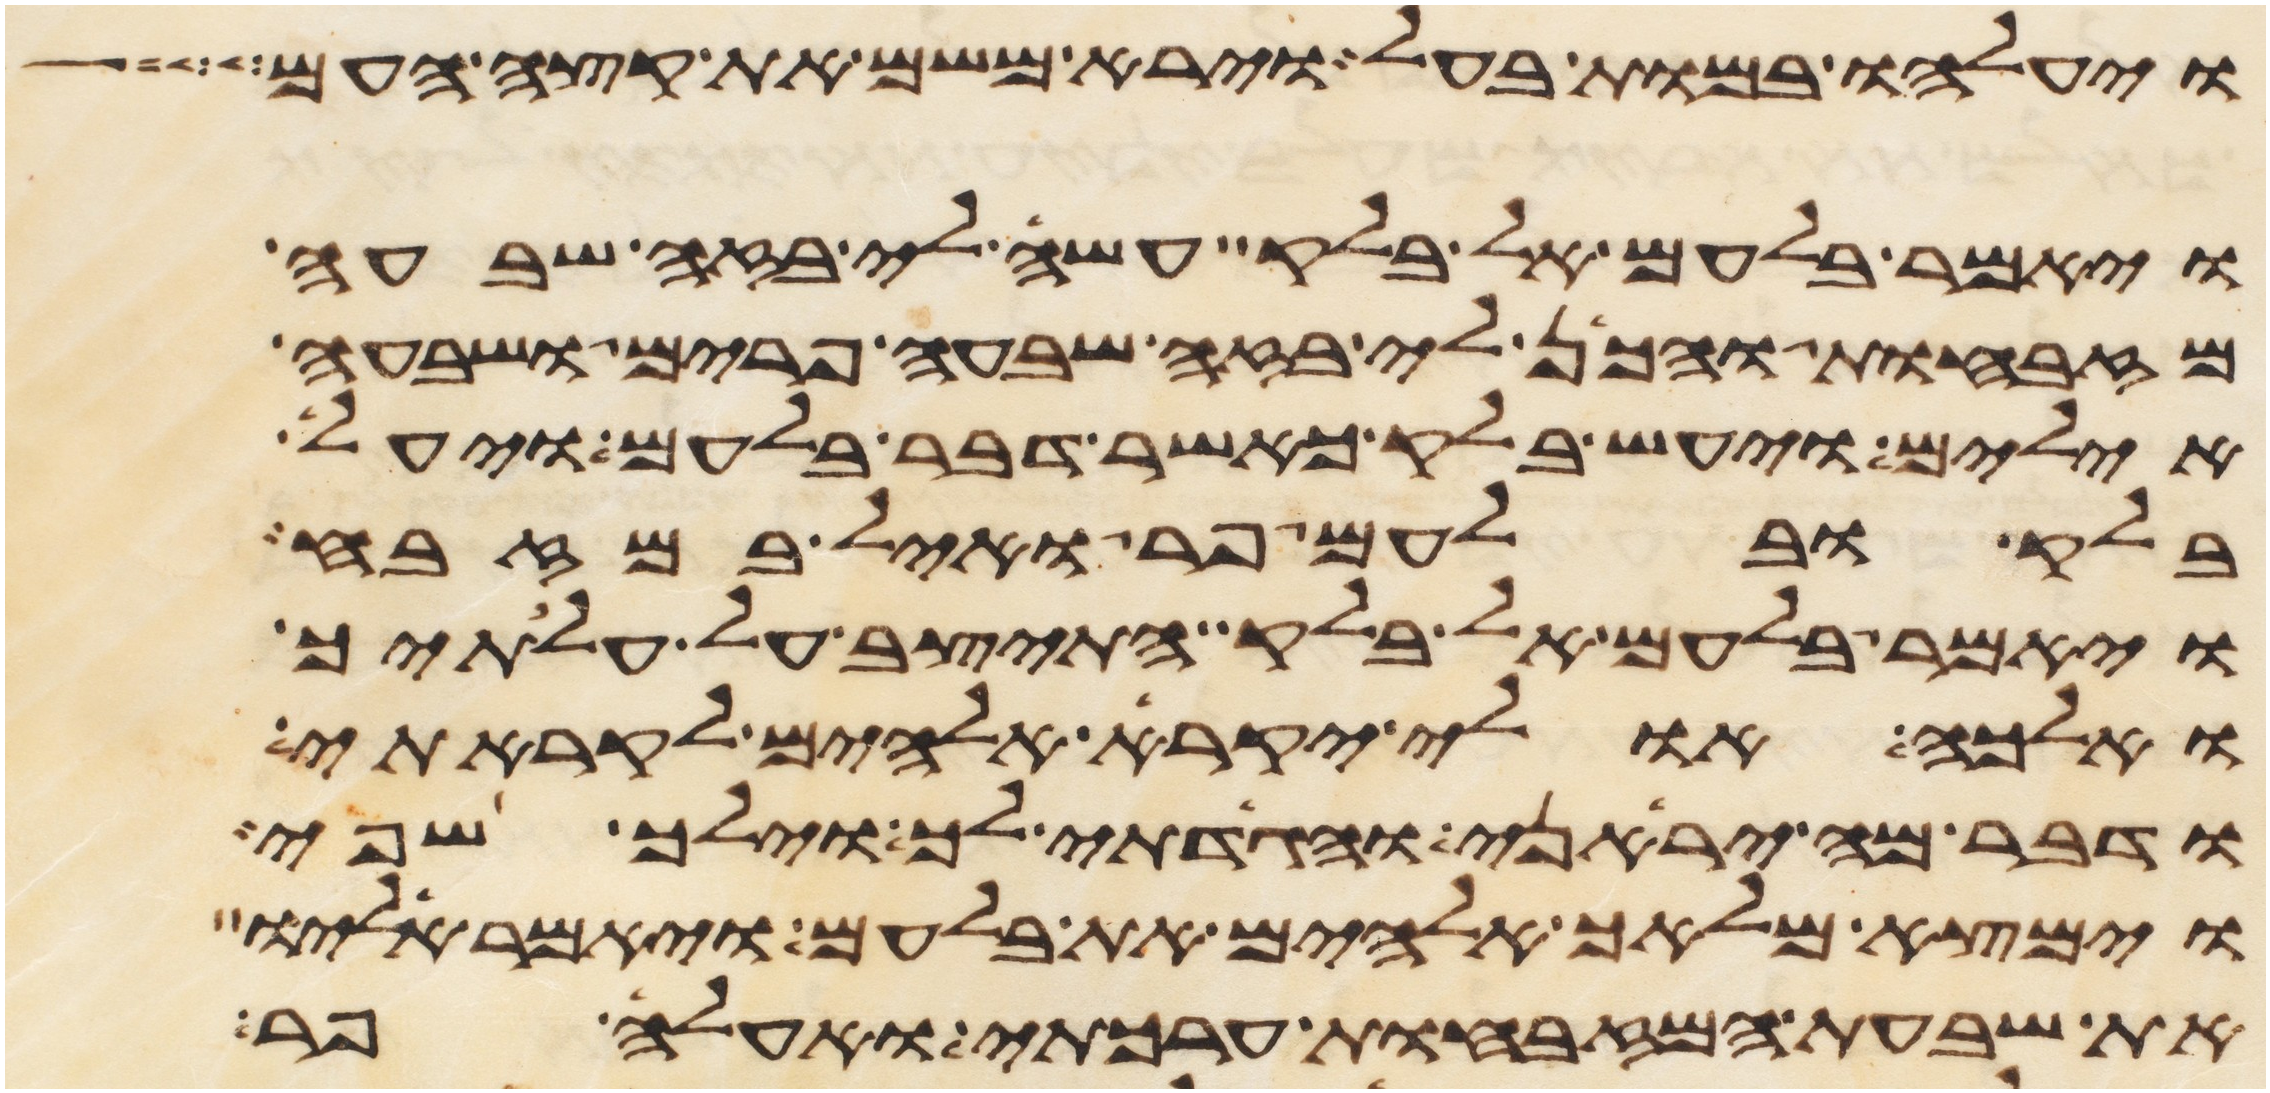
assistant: ויעלהו במות בעל וירא משם את קצה העם
ויאמר בלעם אל בלק עשה לי בזה שבעה
מזבחות והכן לי בזה שבעה פרים ושבעה
אילים ויעש בלק כאשר דבר בלעם ויעל
בלק ובלעם פר ואיל במזבח
ויאמר בלעם אל בלק התיצב על עלתיך
ואלכה אולי יקרא אלהים לקראתי
ודבר מה יראני והגדתי לך וילך שפי
וימצא מלאך אלהים את בלעם ויאמר אליו
את שבעת המזבחות ערכתי ואעלה פר